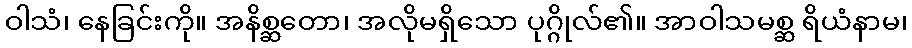
ဝါသံ၊ နေခြင်းကို။ အနိစ္ဆတော၊ အလိုမရှိသော ပုဂ္ဂိုလ်၏။ အာဝါသမစ္ဆ ရိယံနာမ၊